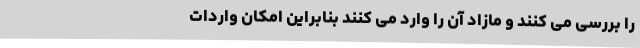
را بررسی می کنند و مازاد آن را وارد می کنند بنابراین امکان واردات